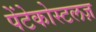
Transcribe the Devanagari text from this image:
पेंटेकोस्टलज़